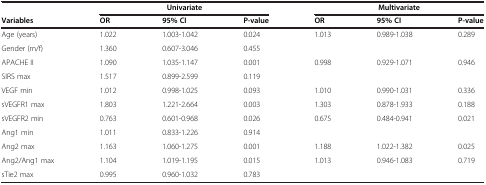
<table><thead><tr><td><b> </b></td><td colspan="3"><b>Univariate</b></td><td colspan="3"><b>Multivariate</b></td></tr><tr><td><b>Variables</b></td><td><b>OR</b></td><td><b>95% CI</b></td><td><b>P-value</b></td><td><b>OR</b></td><td><b>95% CI</b></td><td><b>P-value</b></td></tr></thead><tbody><tr><td>Age (years)</td><td>1.022</td><td>1.003-1.042</td><td>0.024</td><td>1.013</td><td>0.989-1.038</td><td>0.289</td></tr><tr><td>Gender (m/f)</td><td>1.360</td><td>0.607-3.046</td><td>0.455</td><td> </td><td> </td><td> </td></tr><tr><td>APACHE II</td><td>1.090</td><td>1.035-1.147</td><td>0.001</td><td>0.998</td><td>0.929-1.071</td><td>0.946</td></tr><tr><td>SIRS max</td><td>1.517</td><td>0.899-2.599</td><td>0.119</td><td> </td><td> </td><td> </td></tr><tr><td>VEGF min</td><td>1.012</td><td>0.998-1.025</td><td>0.093</td><td>1.010</td><td>0.990-1.031</td><td>0.336</td></tr><tr><td>sVEGFR1 max</td><td>1.803</td><td>1.221-2.664</td><td>0.003</td><td>1.303</td><td>0.878-1.933</td><td>0.188</td></tr><tr><td>sVEGFR2 min</td><td>0.763</td><td>0.601-0.968</td><td>0.026</td><td>0.675</td><td>0.484-0.941</td><td>0.021</td></tr><tr><td>Ang1 min</td><td>1.011</td><td>0.833-1.226</td><td>0.914</td><td> </td><td> </td><td> </td></tr><tr><td>Ang2 max</td><td>1.163</td><td>1.060-1.275</td><td>0.001</td><td>1.188</td><td>1.022-1.382</td><td>0.025</td></tr><tr><td>Ang2/Ang1 max</td><td>1.104</td><td>1.019-1.195</td><td>0.015</td><td>1.013</td><td>0.946-1.083</td><td>0.719</td></tr><tr><td>sTie2 max</td><td>0.995</td><td>0.960-1.032</td><td>0.783</td><td> </td><td> </td><td> </td></tr></tbody></table>